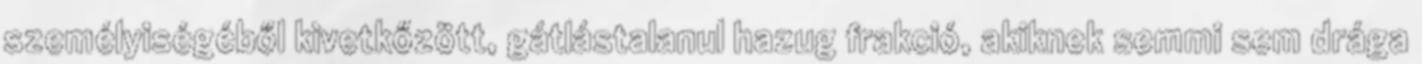
személyiségéből kivetkőzött, gátlástalanul hazug frakció, akiknek semmi sem drága